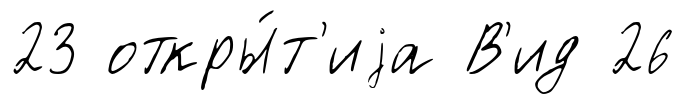
23 откры́т'иjа В'ид 26